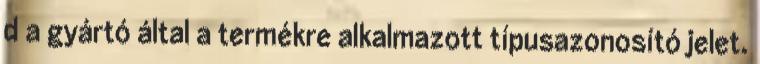
d a gyártó által a termékre alkalmazott típusazonosító jelet.